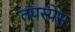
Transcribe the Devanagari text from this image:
तपस्येस